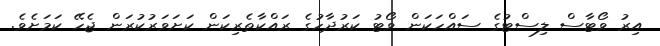
އިރު ވޯޓާސް ލިސްޓުގެ ސައްހަކަން ވޯޓު ކަރުދާހުގެ ރައްކާތެރިކަން ކަށަވަރުކުރަން ޖެހޭ ކަމަށެވެ.